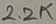
Text: 2.2K